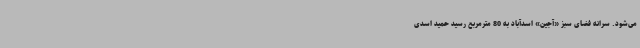
می‌شود. سرانه فضای سبز «آجین» اسدآباد به 80 مترمربع رسید حمید اسدی